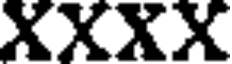
XXXX